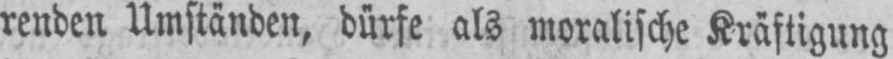
renden Umständen, dürfe als moralische Kräftigung